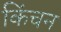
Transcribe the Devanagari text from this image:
किंचन